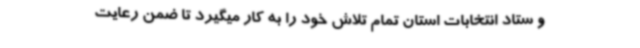
و ستاد انتخابات استان تمام تلاش خود را به کار میگیرد تا ضمن رعایت